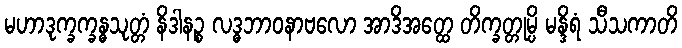
မဟာဒုက္ခက္ခန္ဓသုတ္တံ နိဒါနဉ္စ လဒ္ဓဘာဝနာဗလော အာဒိအတ္ထေ တိက္ခတ္တုမ္ပိ မန္ဒိရံ သီသကာတိ